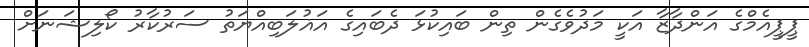
ޕީޕީއެމްގެ އަންދާޒާ އަކީ މަދުވެގެން ތިން ބައިކުޅަ ދެބައިގެ އަޣުލަބިއްޔަތު ސަރުކާރު ކޯލިޝަނަށް